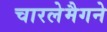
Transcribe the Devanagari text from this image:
चारलेमैगने